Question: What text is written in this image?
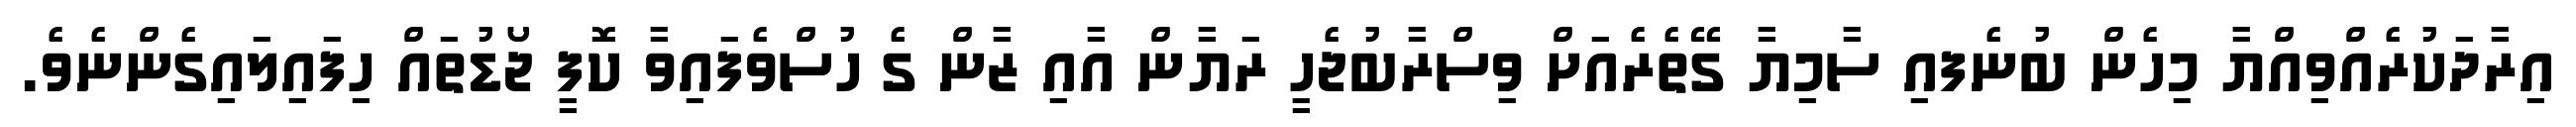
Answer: އިރާދަކުރެއްވިއްޔާ މިހެން ބުނެފއި ސާމިޔާ ގޭތެރެއަށް ވިސްރާބުޖެހީ ރަޔާން އާއި ޒާން ގެ ހުސްވެފައިވާ ކޮފީ ޖޯޑުތައް ހިފައިލައިގެންނެވެ.